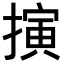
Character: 𢴍